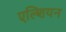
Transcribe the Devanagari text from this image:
एल्शियन